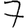
Digit: 7